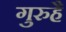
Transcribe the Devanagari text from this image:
गुरुहै